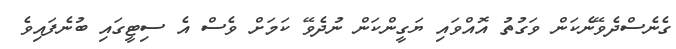
ގެނެސްދެވޭނެކަން ވަގުތު އޮއްވައި ޔަގީންކަން ނުދެވޭ ކަމަށް ވެސް އެ ސިޓީގައި ބުނެފައިވެ